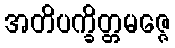
အတိပက္ခိတ္တမဇ္ဇေ